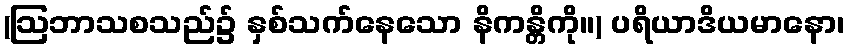
(ဩဘာသစသည်၌ နှစ်သက်နေသော နိကန္တိကို။) ပရိယာဒိယမာနော၊